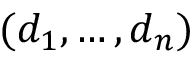
( d _ { 1 } , \dotsc , d _ { n } )